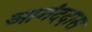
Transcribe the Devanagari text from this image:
आनंददास